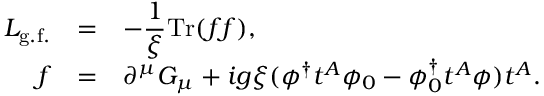
\begin{array} { r c l } { { { \cal L } _ { \mathrm { g . f . } } } } & { { = } } & { { \displaystyle - \frac { 1 } { \xi } \mathrm { T r } ( f f ) , } } \\ { { f } } & { { = } } & { { \partial ^ { \mu } G _ { \mu } + i g \xi ( \phi ^ { \dagger } t ^ { A } \phi _ { 0 } - \phi _ { 0 } ^ { \dagger } t ^ { A } \phi ) t ^ { A } . } } \end{array}